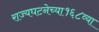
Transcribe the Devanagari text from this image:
राज्यघटनेच्या१६८व्या